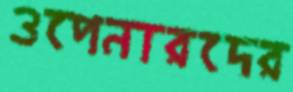
ওপেনারদের